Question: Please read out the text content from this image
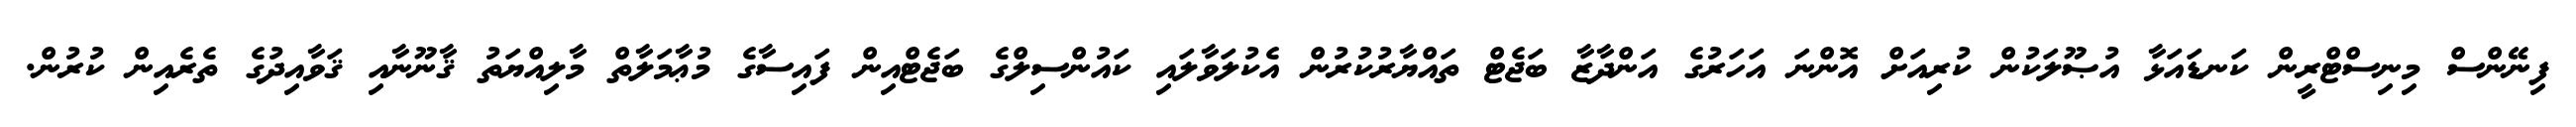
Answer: ފިނޭންސް މިނިސްޓްރީން ކަނޑައަޅާ އުޞޫލަކުން ކުރިއަށް އޮންނަ އަހަރުގެ އަންދާޒާ ބަޖެޓް ތައްޔާރުކުރުން އެކުލަވާލައި ކައުންސިލްގެ ބަޖެޓްއިން ފައިސާގެ މުޢާމަލާތް މާލިއްޔަތު ޤާނޫނާއި ޤަވާއިދުގެ ތެރެއިން ކުރުން.